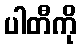
ပါတီကို